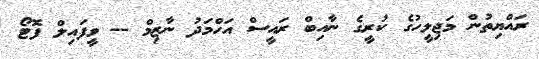
ރައްޔިތުން މަޖިލީހުގެ ކުރީގެ ނާއިބް ރައީސް އަހްމަދު ނާޒިމް -- ވީފައިލް ފޮޓޯ